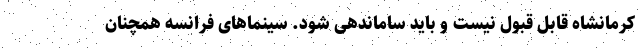
کرمانشاه قابل قبول نیست و باید ساماندهی شود. سینماهای فرانسه همچنان